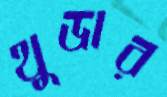
থুডার